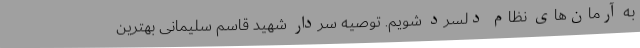
به آرمان‌های نظام دلسرد شویم. توصیه سردار شهید قاسم سلیمانی بهترین